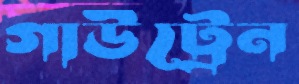
গাউট্রেন